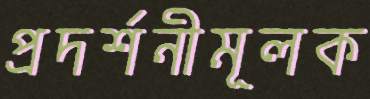
প্রদর্শনীমূলক